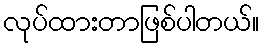
လုပ်ထားတာဖြစ်ပါတယ်။